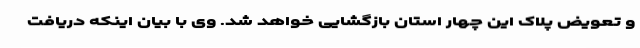
و تعویض پلاک این چهار استان بازگشایی خواهد شد. وی با بیان اینکه دریافت